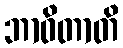
ဘာဝိတာတိ